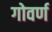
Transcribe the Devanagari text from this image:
गोवर्ण